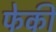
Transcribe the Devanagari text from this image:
फेकीं